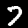
Digit: 7